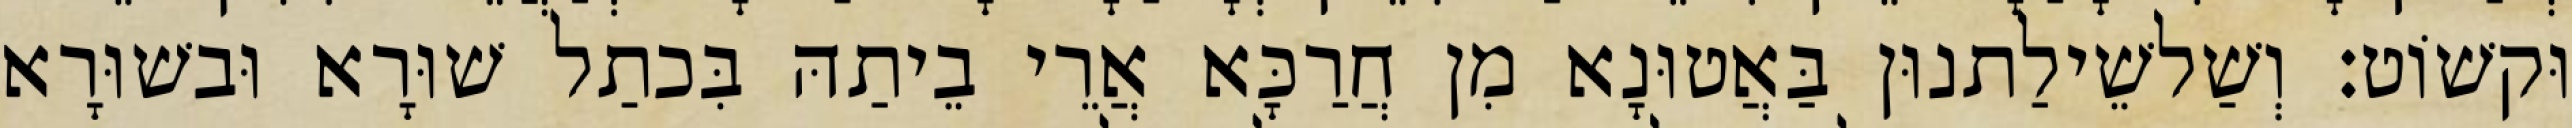
וּקשׁוֹט׃ וְשַׁלשֵׁילַתנוּן בַּאֲטוּנָא מִן חֲרַכָּא אֲרֵי בֵיתַהּ בִּכתַל שׁוּרָא וּבשׁוּרָא